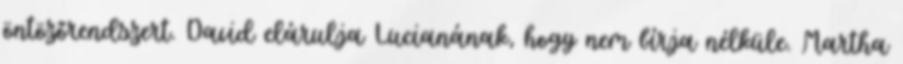
öntözőrendszert. David elárulja Lucianának, hogy nem bírja nélküle. Martha